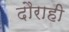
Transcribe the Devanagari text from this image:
दौराही